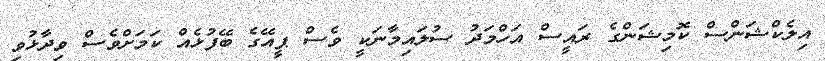
އިލެކްޝަންސް ކޮމިޝަންގެ ރައީސް އަހްމަދު ސުލައިމާނަކީ ވެސް ޕީއޭގެ ބޭފުޅެއް ކަމަށްވެސް ވިދާޅުވި